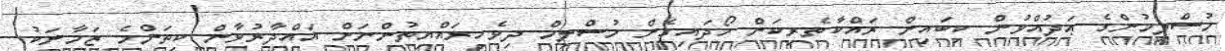
މުސްލިމުންގެ ޢަދުއްވުން ކިބައިން ރައްކާތެރިކަން ހޯދައިގެން މުސްލިމް ދިވެހިރައްޔިތުންނަށް ޣައްދާރުވާން ކިތަންމެ ޒަމާނަކު